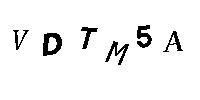
VDTM5A